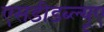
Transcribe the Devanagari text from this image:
एसडीडब्ल्यूए